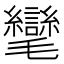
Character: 𭯮